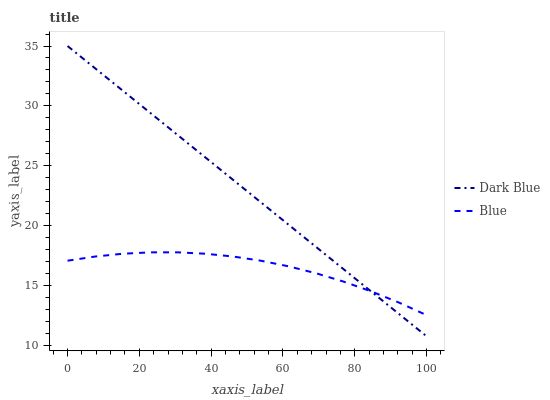
| xaxis_label | Dark Blue | Blue |
 | --- | --- | --- |
 | 0 | 35 | 17.1 |
 | 7.69 | 33.1 | 17.4 |
 | 15.4 | 31.3 | 17.6 |
 | 23.1 | 29.4 | 17.8 |
 | 30.8 | 27.5 | 17.8 |
 | 38.5 | 25.7 | 17.6 |
 | 46.2 | 23.8 | 17.4 |
 | 53.8 | 21.9 | 17.1 |
 | 61.5 | 20.1 | 16.6 |
 | 69.2 | 18.2 | 16 |
 | 76.9 | 16.3 | 15.3 |
 | 84.6 | 14.5 | 14.5 |
 | 92.3 | 12.6 | 13.6 |
 | 100 | 10.7 | 12.5 |